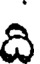
ది